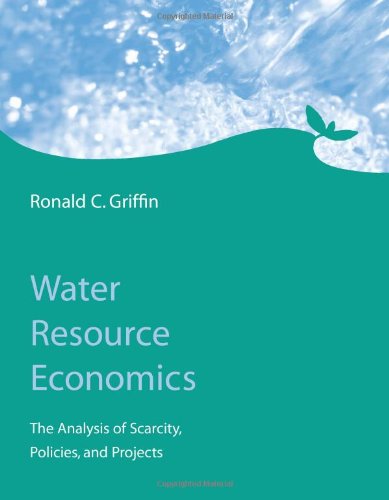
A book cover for Water Resource Economics: The Analysis of Scarcity, Policies, and Projects; Ronald C. Griffin; Science & Math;